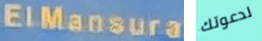
ElMansura لدعوتك